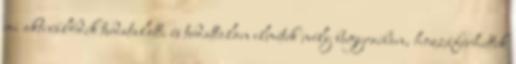
mi aktiválódik tudatalatti és tudattalan elmétek mély bugyraiban, hozzáférhettek